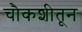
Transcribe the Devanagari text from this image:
चौकशीतून